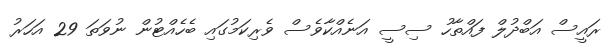
ރައީސް އަބްދުލް ފައްތާހު ސިސީ އަނެއްކާވެސް ވެރިކަމުގައި ބެހެއްޓުން ނުވަތަ 29 އަހަރު